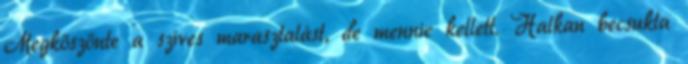
Megköszönte a szíves marasztalást, de mennie kellett. Halkan becsukta